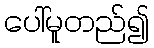
ပေါ်မူတည်၍